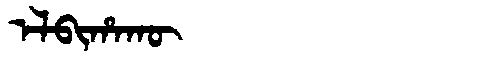
Manchu: ᡝᠯᠪᡳᡥᠠᡴᡡ
Romanization: ELBIHAKŪ